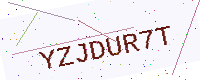
Text: YZJDUR7T